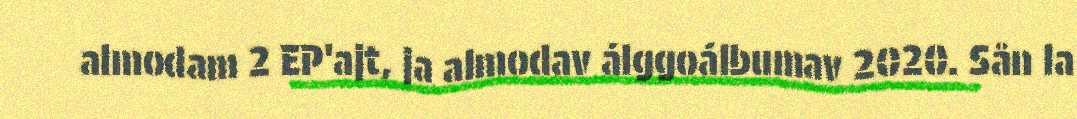
almodam 2 EP'ajt, ja almodav álggoálbumav 2020. Sån la